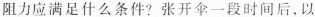
阻力应满足什么条件?张开伞一段时间后，以